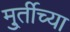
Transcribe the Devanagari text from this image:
मु्र्तीच्या